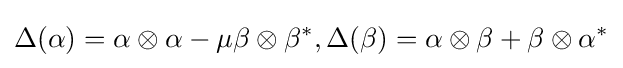
\Delta (\alpha )=\alpha \otimes \alpha -\mu \beta \otimes \beta ^{*},\Delta (\beta )=\alpha \otimes \beta +\beta \otimes \alpha ^{*}